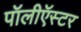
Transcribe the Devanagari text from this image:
पॉलीऍस्टर